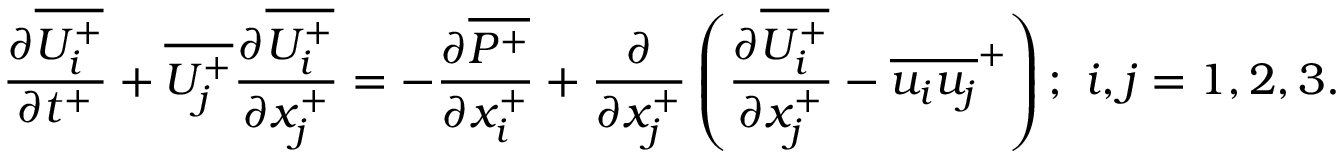
{ \frac { \partial \overline { { U _ { i } ^ { + } } } } { \partial t ^ { + } } } + \overline { { U _ { j } ^ { + } } } \frac { \partial \overline { { U _ { i } ^ { + } } } } { \partial x _ { j } ^ { + } } = - \frac { \partial \overline { { P ^ { + } } } } { \partial x _ { i } ^ { + } } + \frac { \partial } { \partial x _ { j } ^ { + } } \left( \frac { \partial \overline { { U _ { i } ^ { + } } } } { \partial x _ { j } ^ { + } } - \overline { { u _ { i } u _ { j } } } ^ { + } \right) ; ~ i , j = { 1 , 2 , 3 } .